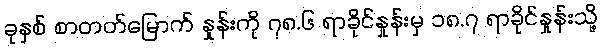
ခုနှစ် စာတတ်မြောက် နှုန်းကို ၇၈.၆ ရာခိုင်နှုန်းမှ ၁၈.၇ ရာခိုင်နှုန်းသို့